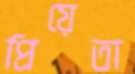
প্রিয়েতা